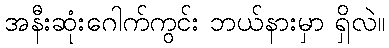
အနီးဆုံးဂေါက်ကွင်း ဘယ်နားမှာ ရှိလဲ။